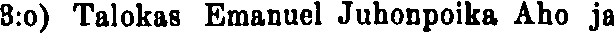
8:o) Talokas Emanuel Juhonpoika Aho ja